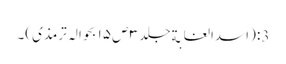
3: (اسدالغابةجلد ۳ ص ۱۵ بحوالہ ترمذی)۔